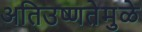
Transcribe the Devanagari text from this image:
अतिउष्णतेमुळे